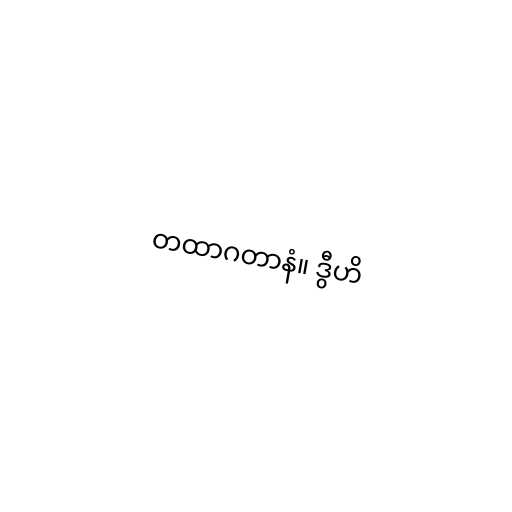
တထာဂတာနံ။ ဒွီဟိ